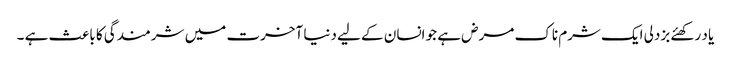
یا د رکھئے بزدلی ایک شرم ناک مرض ہے جو انسان کے لیے دنیا آخرت میں شرمندگی کا باعث ہے ۔